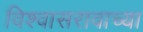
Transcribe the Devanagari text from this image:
विश्वासरावाच्या